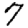
Digit: 7